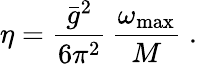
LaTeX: \eta=\frac{\bar{g}^{2}}{6\pi^{2}}\, \frac{\omega_{\mathrm{max}}}{M}\; .